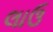
લાઉ